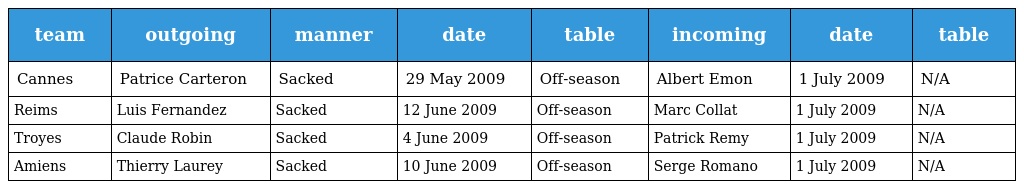
| team | outgoing | manner | date | table | incoming | date | table |
 | --- | --- | --- | --- | --- | --- | --- | --- |
 | Cannes | Patrice Carteron | Sacked | 29 May 2009 | Off-season | Albert Emon | 1 July 2009 | N/A |
 | Reims | Luis Fernandez | Sacked | 12 June 2009 | Off-season | Marc Collat | 1 July 2009 | N/A |
 | Troyes | Claude Robin | Sacked | 4 June 2009 | Off-season | Patrick Remy | 1 July 2009 | N/A |
 | Amiens | Thierry Laurey | Sacked | 10 June 2009 | Off-season | Serge Romano | 1 July 2009 | N/A |